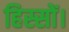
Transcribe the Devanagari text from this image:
हिस्सों।